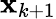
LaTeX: \mathbf{x}_{k+1}